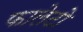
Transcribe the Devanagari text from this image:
फालेटो